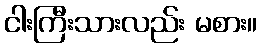
ငါးကြီးသားလည်း မစား။